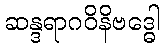
ဆန္ဒရာဂဝိနိဗဒ္ဓေါ